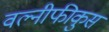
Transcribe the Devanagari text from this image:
वल्नीफीकुस